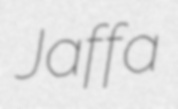
Jaffa